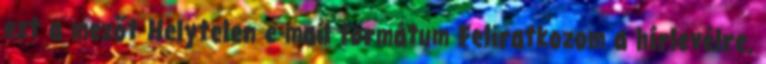
ezt a mezőt Helytelen e-mail formátum Feliratkozom a hírlevélre.